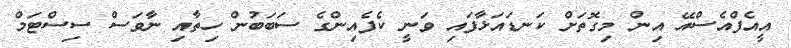
އީއެފްއެސްއޭ އިން މިގޮތަށް ކަނޑައަޅާފައި ވަނީ ކެފެއިންގެ ސަބަބުން ހިތާއި ނާވަސް ސިސްޓަމް